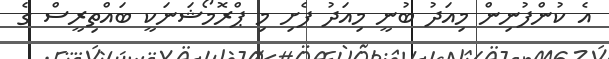
އެ ކުންފުނިން މިއަދު ބުނީ މިއަދު ފެށި މި ޕްރޮމޯޝަނަކީ ބައްތިރީސް ގެ